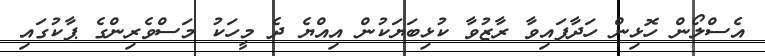
އެސްލޯން ހޮޅިން ހަދާފައިވާ ރާޒުވާ ކުޅިބަޔަކުން އިއްޔެ ދެ މީހަކު މަސްވެރިންގެ ޕާކުގައި